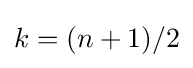
k=(n+1)/2